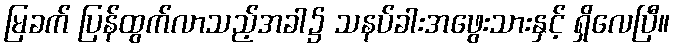
မြခက် ပြန်ထွက်လာသည့်အခါ၌ သနပ်ခါးအဖွေးသားနှင့် ရှိလေပြီ။